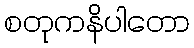
စတုကနိပါတော